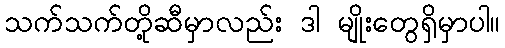
သက်သက်တို့ဆီမှာလည်း ဒါ မျိုးတွေရှိမှာပါ။